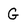
Character: G